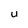
Character: u